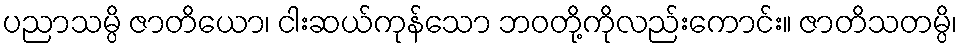
ပညာသမ္ပိ ဇာတိယော၊ ငါးဆယ်ကုန်သော ဘဝတို့ကိုလည်းကောင်း။ ဇာတိသတမ္ပိ၊